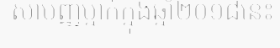
សាមញ្ញម្នាក់ក្នុងឆ្នាំ២០១៨នេះ